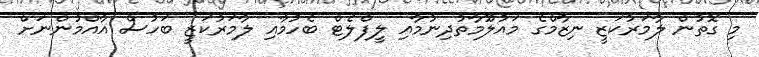
މި ގޮތުން ލާމަރުކަޒީ ނިޒާމްގެ މައުލޫމާތުދިނުމާއި ލީފްލެޓް ބެހުމާއި ލާމަރުކަޒީ ބަހުސް އާއްމުންނަށް